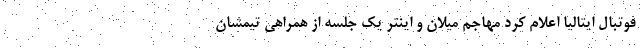
فوتبال ایتالیا اعلام کرد مهاجم میلان و اینتر یک جلسه از همراهی تیمشان